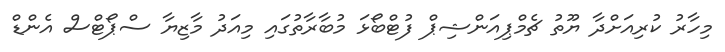
މިހާރު ކުރިއަށްދާ ޔޫތު ޗެމްޕިއަންޝިޕް ފުޓްބޯޅަ މުބާރާތުގައި މިއަދު މާޒިޔާ ސްޕޯޓްސް އެންޑް